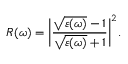
R ( \omega ) = \bigg | \frac { \sqrt { \varepsilon ( \omega ) } - 1 } { \sqrt { \varepsilon ( \omega ) } + 1 } \bigg | ^ { 2 } .